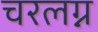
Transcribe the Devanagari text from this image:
चरलग्न